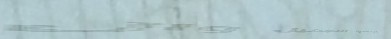
مركز العافية: للتجميل وال